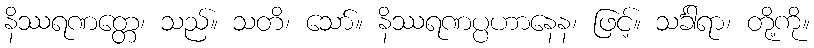
နိဿရဏတ္တေ၊ သည်။ သတိ၊ သော်။ နိဿရဏပ္ပဟာနေန၊ ဖြင့်။ သင်္ခါရာ၊ တို့ကို။